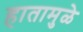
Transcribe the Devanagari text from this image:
हातामुळे